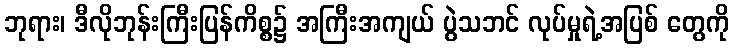
ဘုရား၊ ဒီလိုဘုန်းကြီးပြန်ကိစ္စ၌ အကြီးအကျယ် ပွဲသဘင် လုပ်မှုရဲ့အပြစ် တွေကို